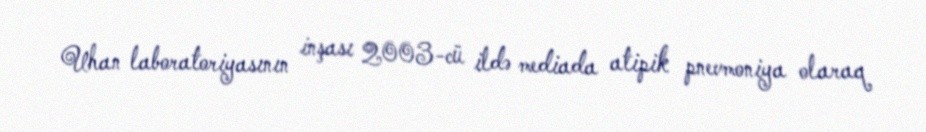
Uhan laboratoriyasının inşası 2003-cü ildə mediada atipik pnevmoniya olaraq